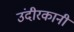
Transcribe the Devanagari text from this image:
उंदीरकानी